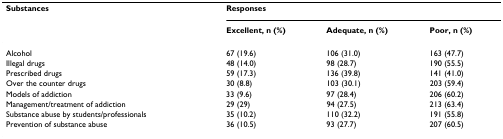
<table><thead><tr><td><b>Substances</b></td><td colspan="3"><b>Responses</b></td></tr><tr><td></td><td><b>Excellent, n (%)</b></td><td><b>Adequate, n (%)</b></td><td><b>Poor, n (%)</b></td></tr></thead><tbody><tr><td>Alcohol</td><td>67 (19.6)</td><td>106 (31.0)</td><td>163 (47.7)</td></tr><tr><td>Illegal drugs</td><td>48 (14.0)</td><td>98 (28.7)</td><td>190 (55.5)</td></tr><tr><td>Prescribed drugs</td><td>59 (17.3)</td><td>136 (39.8)</td><td>141 (41.0)</td></tr><tr><td>Over the counter drugs</td><td>30 (8.8)</td><td>103 (30.1)</td><td>203 (59.4)</td></tr><tr><td>Models of addiction</td><td>33 (9.6)</td><td>97 (28.4)</td><td>206 (60.2)</td></tr><tr><td>Management/treatment of addiction</td><td>29 (29)</td><td>94 (27.5)</td><td>213 (63.4)</td></tr><tr><td>Substance abuse by students/professionals</td><td>35 (10.2)</td><td>110 (32.2)</td><td>191 (55.8)</td></tr><tr><td>Prevention of substance abuse</td><td>36 (10.5)</td><td>93 (27.7)</td><td>207 (60.5)</td></tr></tbody></table>